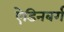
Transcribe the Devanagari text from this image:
ऐडिनबर्ग